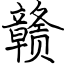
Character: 赣